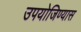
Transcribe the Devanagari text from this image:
उपयोजिण्यास